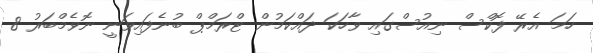
ހަމަ އެރޭ ފޮކްސް ނިއުސްގައި ވާހަކަ ދައްކަމުން ޓްރަމްޕް ބުނެފައިވަނީ ނޮވެމްބަރު 8